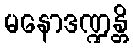
မနောဒဏ္ဍန္တိ